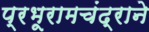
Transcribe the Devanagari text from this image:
प्रभूरामचंद्राने